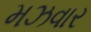
મઝવાર